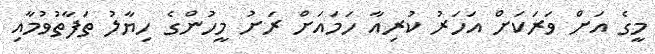
މީގެ އަށް ވަރަކަށް އަހަރު ކުރިއާ ހަމައަށް ރަށު މީހުންގެ ހިޔާލު ތަފާތުވުމާއި